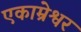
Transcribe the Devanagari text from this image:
एकाम्रेश्वर